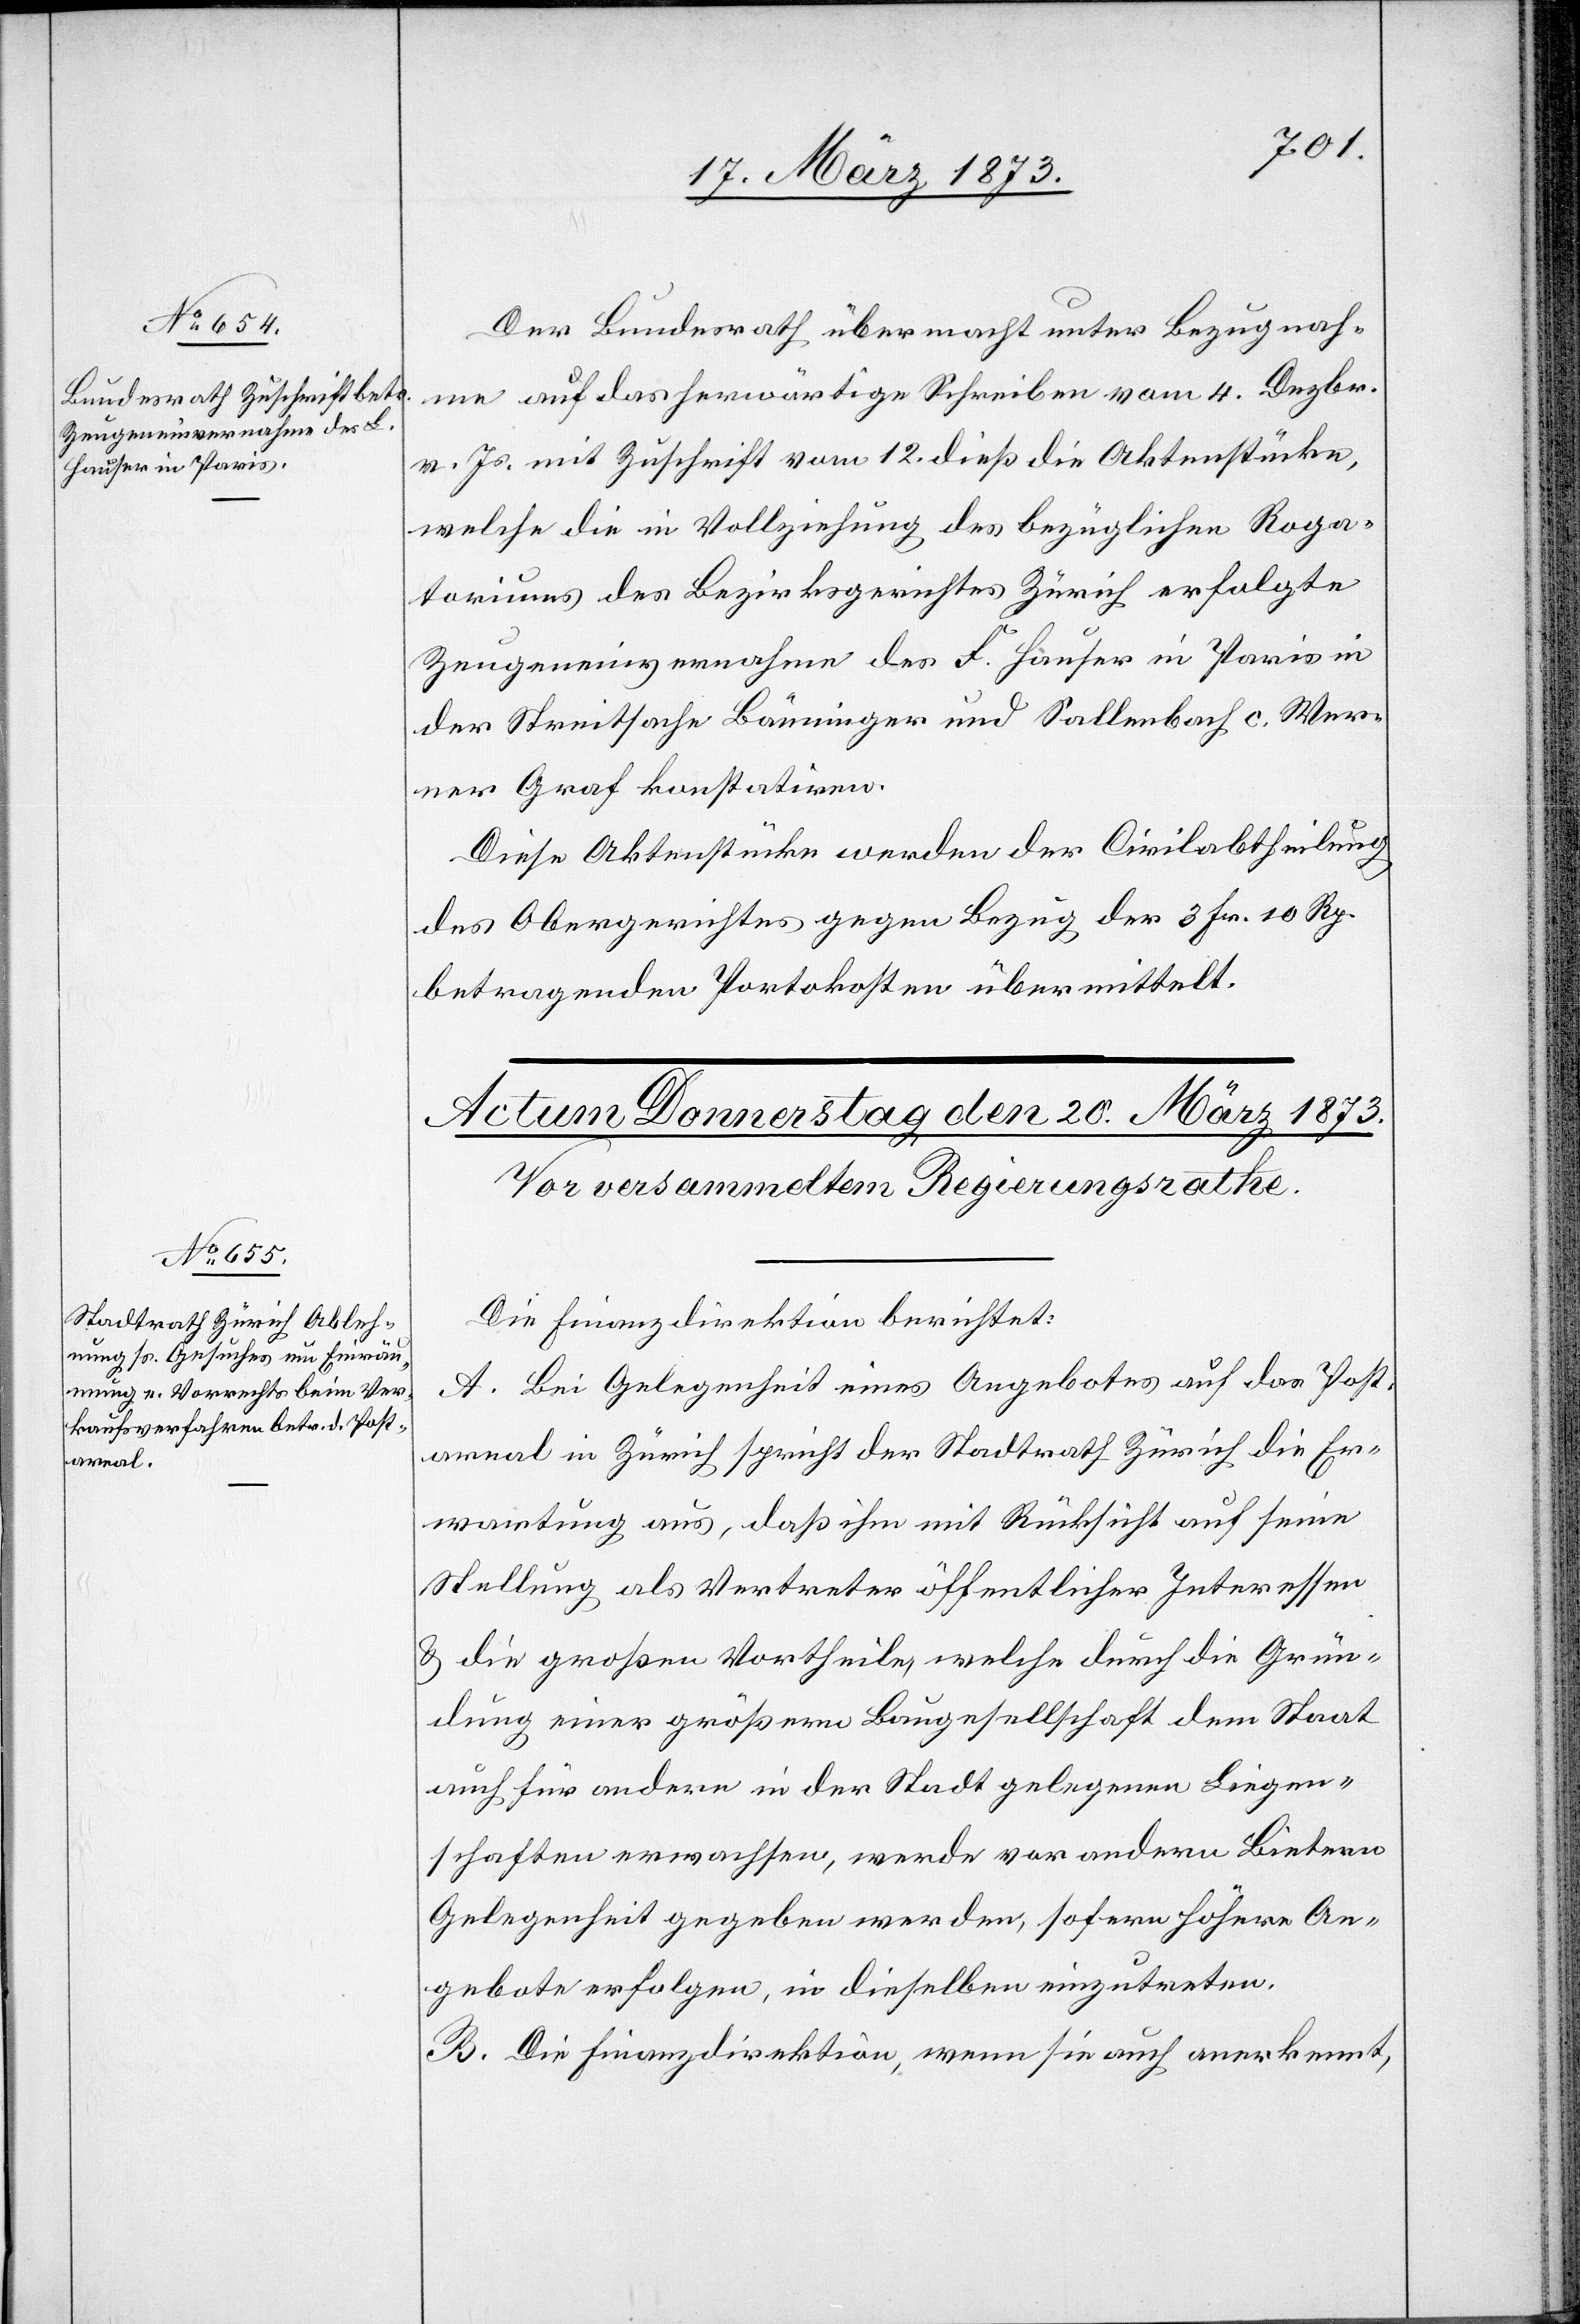
Zeugeneinvernahme des F.
Hauser in Paris

18. März 1873.]
Der Bundesrath übermacht unter Bezugnah¬
me auf das herwärtige Schreiben vom 4. Dezbr.
v. Js. mit Zuschrift vom 12. dieß die Aktenstücke,
welche die in Vollziehung des bezüglichen Roga¬
toriums des Bezirksgerichtes Zürich erfolgte
der Streitsache Bänninger und Sallenbach c. Wer¬
ner Graf konstatiren.
Diese Aktenstücke werden der Civilabtheilung
des Obergerichtes gegen Bezug der 3 Fr. 10 Rp.
betragenden Portokosten übermittelt.
Die Finanzdirektion berichtet:
A. Bei Gelegenheit eines Angebotes auf das Post¬
areal in Zürich spricht der Stadtrath Zürich die Er¬
wartung aus, daß ihm mit Rücksicht auf seine
Stellung als Vertreter öffentlicher Interessen
u. die großen Vortheile, welche durch die Grün¬
dung einer größeren Baugesellschaft dem Staat
auch für andere in der Stadt gelegenen Liegen¬
schaften erwachsen, werde vor andern Bietern
Gelegenheit gegeben werden, sofern höhere An¬
gebote erfolgen, in dieselben einzutreten.
B. Die Finanzdirektion, wenn sie auch anerkennt,